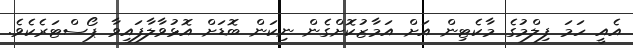
އެއީ ހަމަ ފިލްމުގެ މާކެޓިން އަށް އަމާޒުކޮށްގެން ނިކަން ބޮޑަށް އޮޅުވާލާފައިވާ ޕޯސްޓަރެކެވެ.